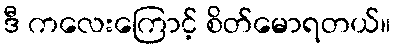
ဒီ ကလေးကြောင့် စိတ်မောရတယ်။